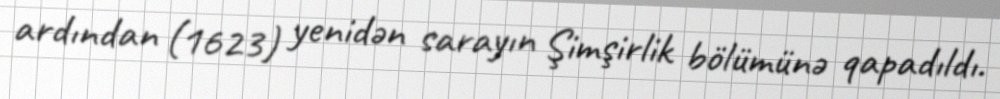
ardından (1623) yenidən sarayın Şimşirlik bölümünə qapadıldı.